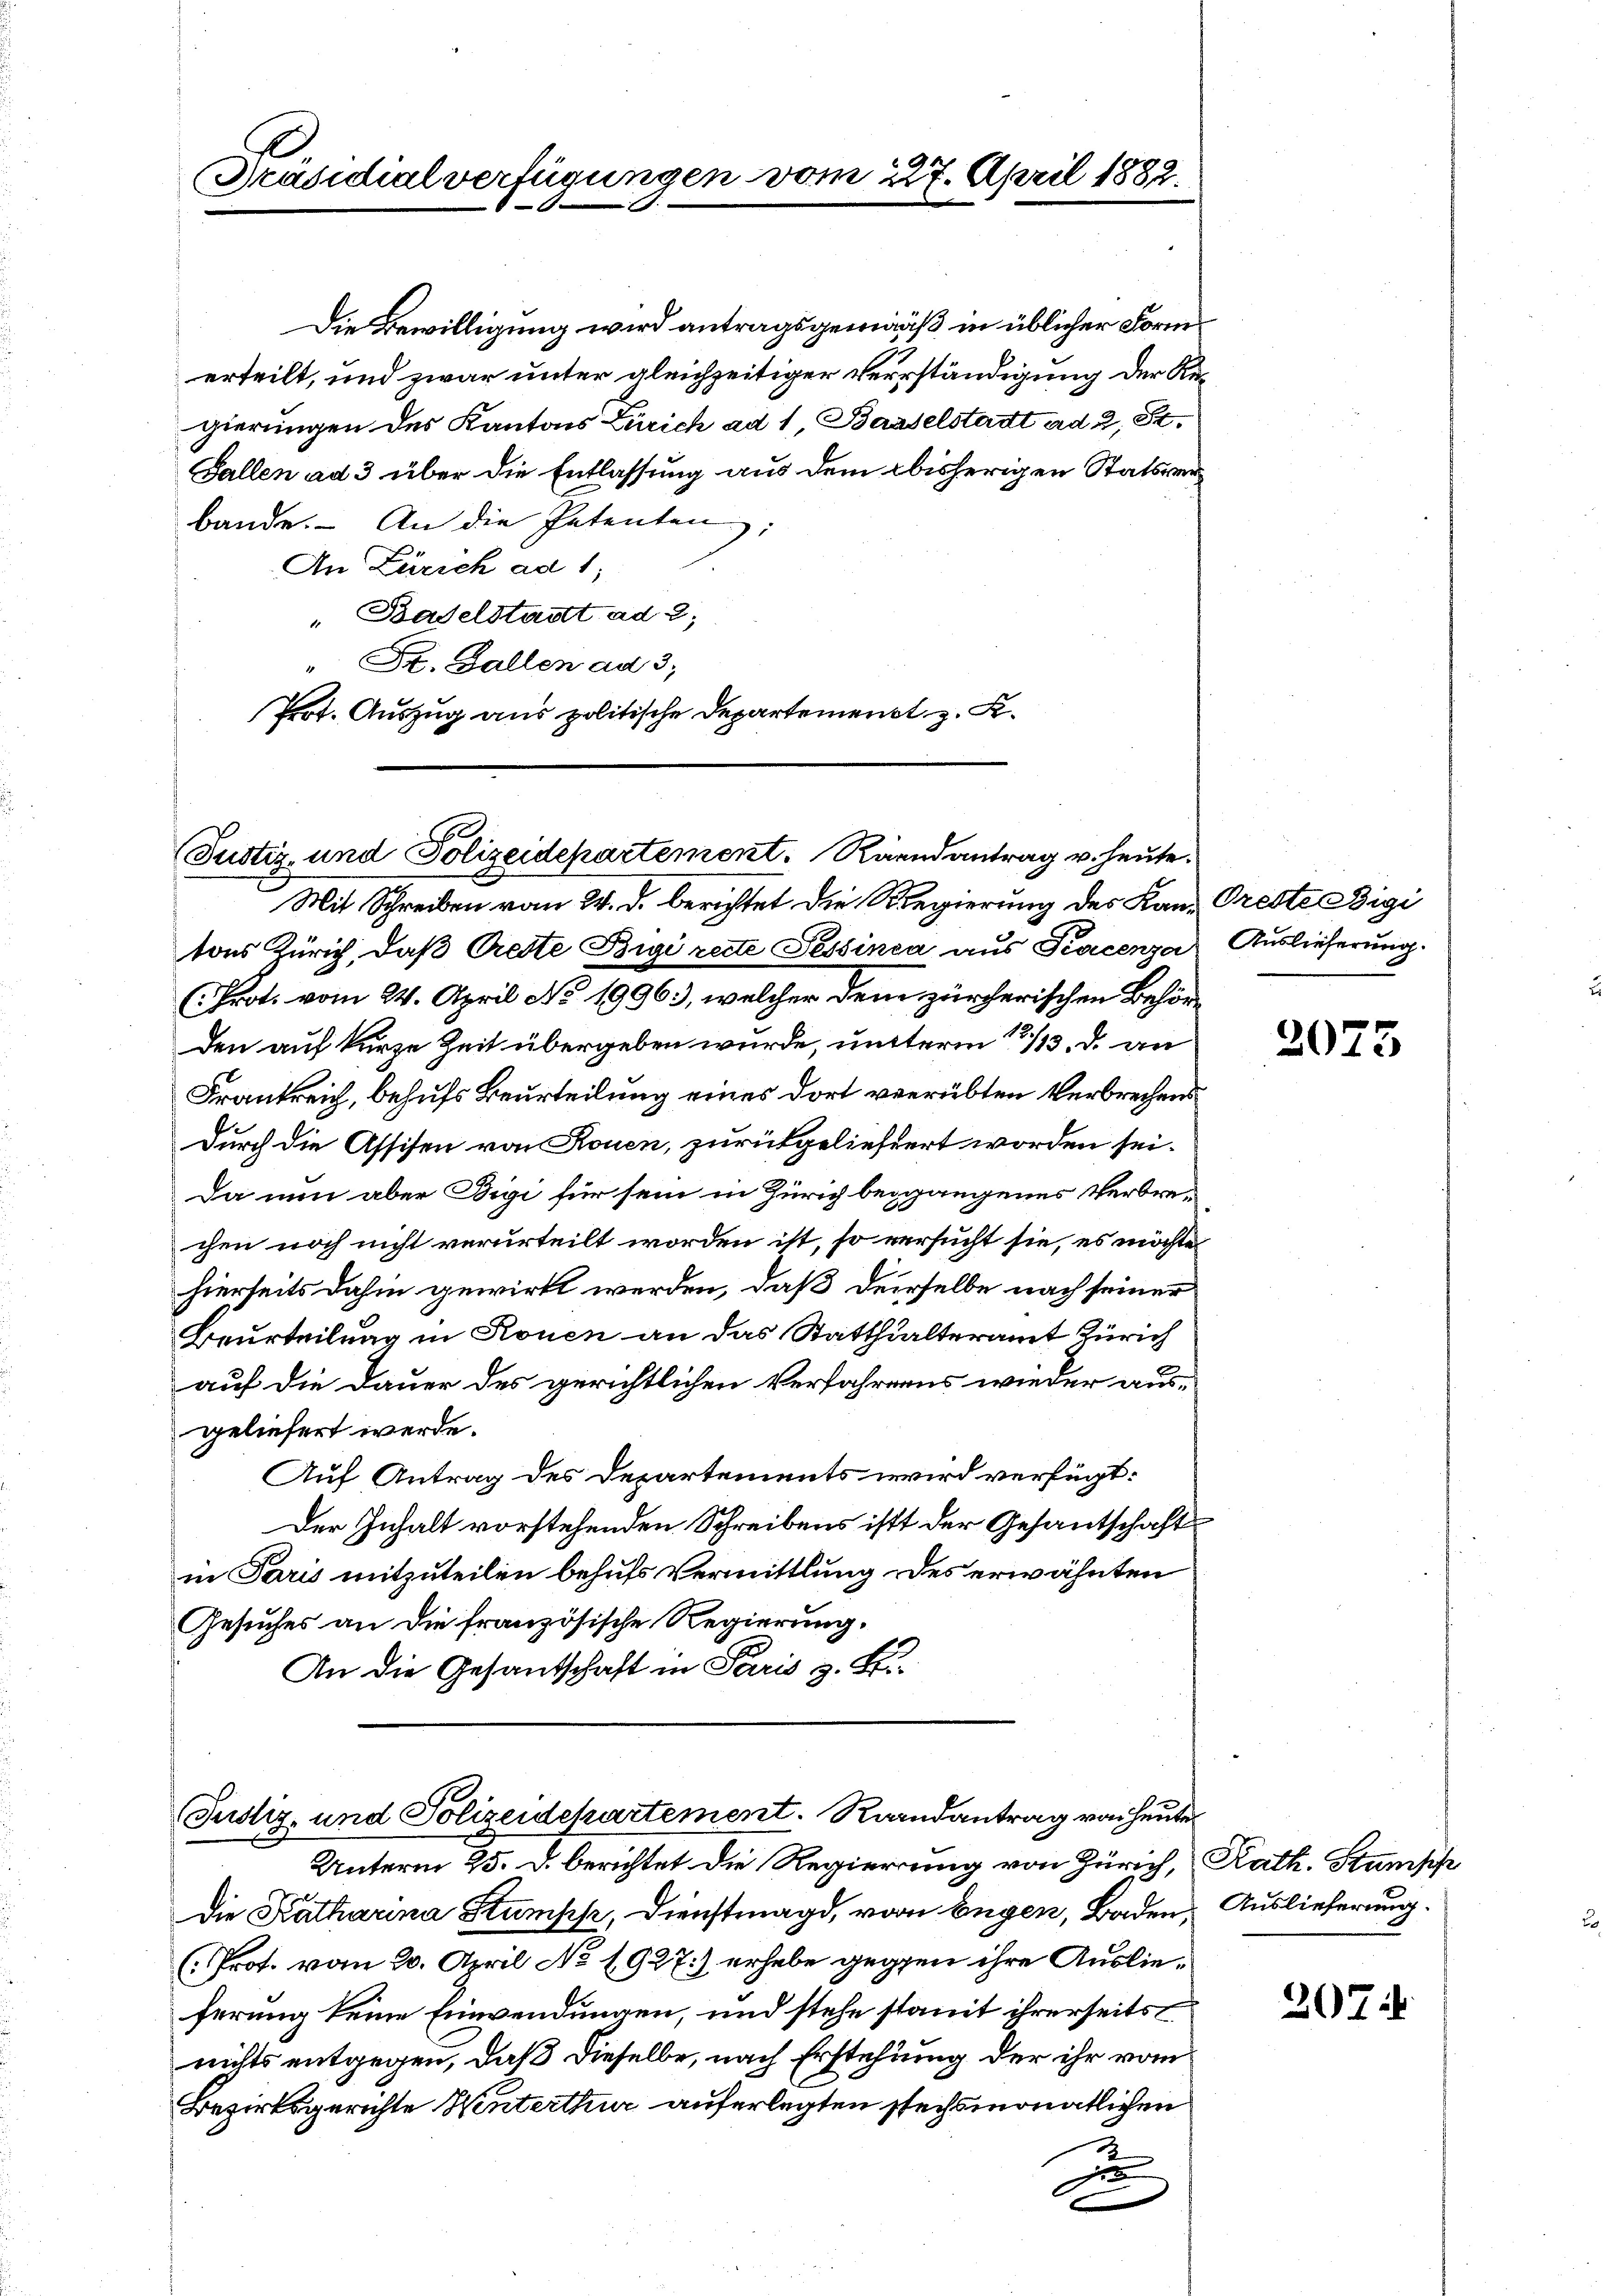
Präsidialverfügungen vom 227. April 1882.

Die Bewilligung wird antragsgemäß in üblicher Formerteilt, und zwar unter gleichzeitiger Verständigung der Regierungen des Kantons Zürich ad 1, Basselstadt ad 2, St.
Gallen ad 3 über die Entlassung aus dem bisherigen Statsverbande. An die Petenten
An Zürich ad 1,
" Baselstadt ad 2;
" Dr. Gallen ad 3;
Prot. Auszug aus politische Departement z. K.

Justiz- und Polizeidepartement. Raandantrag v. heute.

Mit Schreiben vom 24. d. berichtet die Regierung des Kan-Greste Bigi
tons Zürich, daß Predte Bigi recte Tessinia aus Pacenza
(Prot. vom 24. April No 19963), welcher dem zürcherischen Behörden auf kurze Zeit übergeben wurde, untterm 12./13. d. an
Frankreich, behufs Beurteilung eines dort verrübten Verbrechens
Durch die Assisen von Rouen, zurückgeliefert worden sei.
Da nun aber Digi für sein in Zürich beigangenes Verbrechen noch nicht verurteilt worden ist, so versucht sie, es möchte
hierseits dahin gewirkt werden, daß derselbe nach seiner
Beurteilung in Konen an das Statthalteramt Zürich
auf die Dauer des gerichtlichen Verfahrens wieder aus-
geliefert werde.
Auf Antrag des Departements wird verfügt:
Der Inhalt vorstehenden Schreibens ist der Gesantschaft
in Paris mitzuteilen behufs Vermittlung des erwähnten
Gesuches an die französische Regierung.
An die Gesandtschaft in Paris z. B.

Justiz- und Polizeidepartement. Randantrag von heute

Unterm 25. d. berichtet die Regierung von Zürich, Kath. Stumpf
Die Katharina Stumpp, Dienstmagd, von Engen, Baden, Auslieferung.
(Prot. vom 20. April No 1927.) erhebe gegen ihre Auslieferung keine Einwendungen, und stehe stanit ihrerseits
nichts entgegen, daß dieselbe, nach Erstehung der ihr vom
Bezirksgerichte Winterthur auferlegten sechsmonatlichen
zu

Auslieferung.

2075

207: